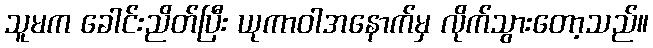
သူမက ခေါင်းညိတ်ပြီး ယုကာဝါအနောက်မှ လိုက်သွားတော့သည်။